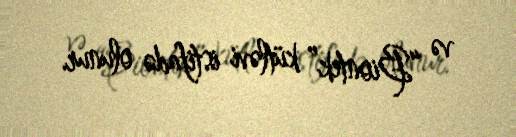
və “Biontek” kütləvi istifadə olunur.